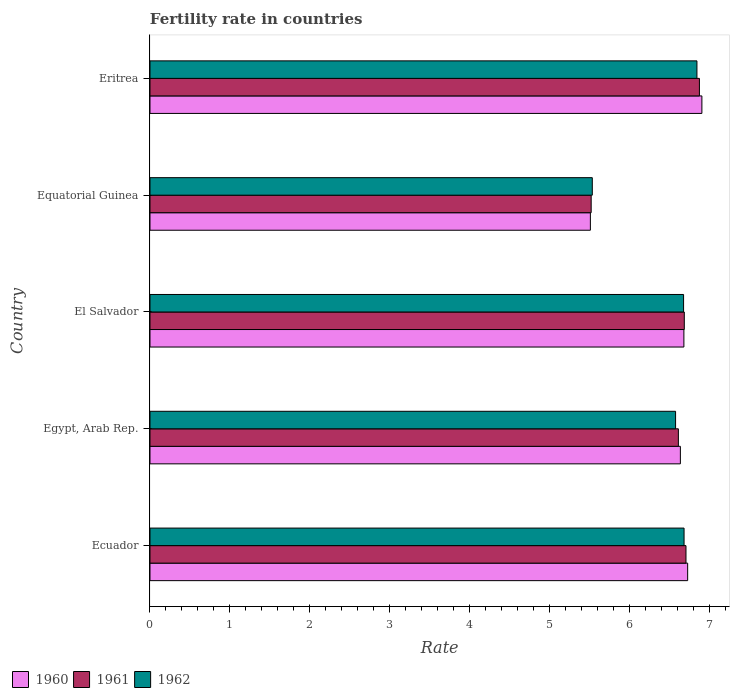
| Country | 1960 | 1961 | 1962 |
 | --- | --- | --- | --- |
 | Ecuador | 6.72 | 6.7 | 6.68 |
 | Egypt, Arab Rep. | 6.63 | 6.61 | 6.57 |
 | El Salvador | 6.67 | 6.68 | 6.67 |
 | Equatorial Guinea | 5.5 | 5.51 | 5.53 |
 | Eritrea | 6.9 | 6.87 | 6.84 |